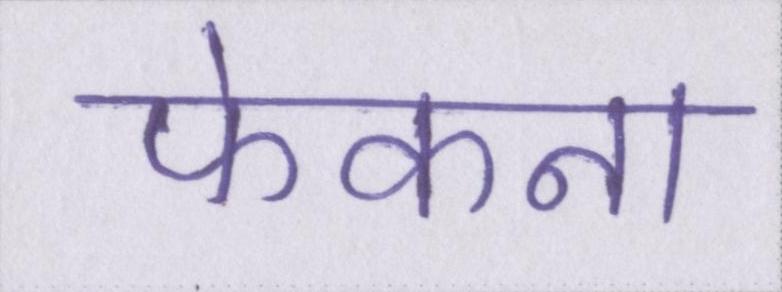
फेकना